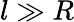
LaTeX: l\gg R